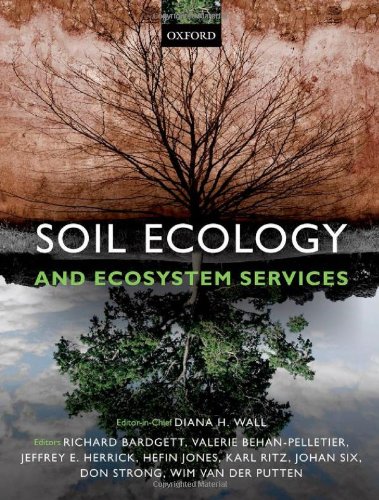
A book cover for Soil Ecology and Ecosystem Services; Diana H. Wall; Science & Math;